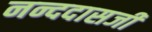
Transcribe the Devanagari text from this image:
नन्ददासजी